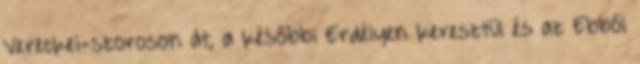
Vereckei-szoroson át, a későbbi Erdélyen keresztül és az Ebből